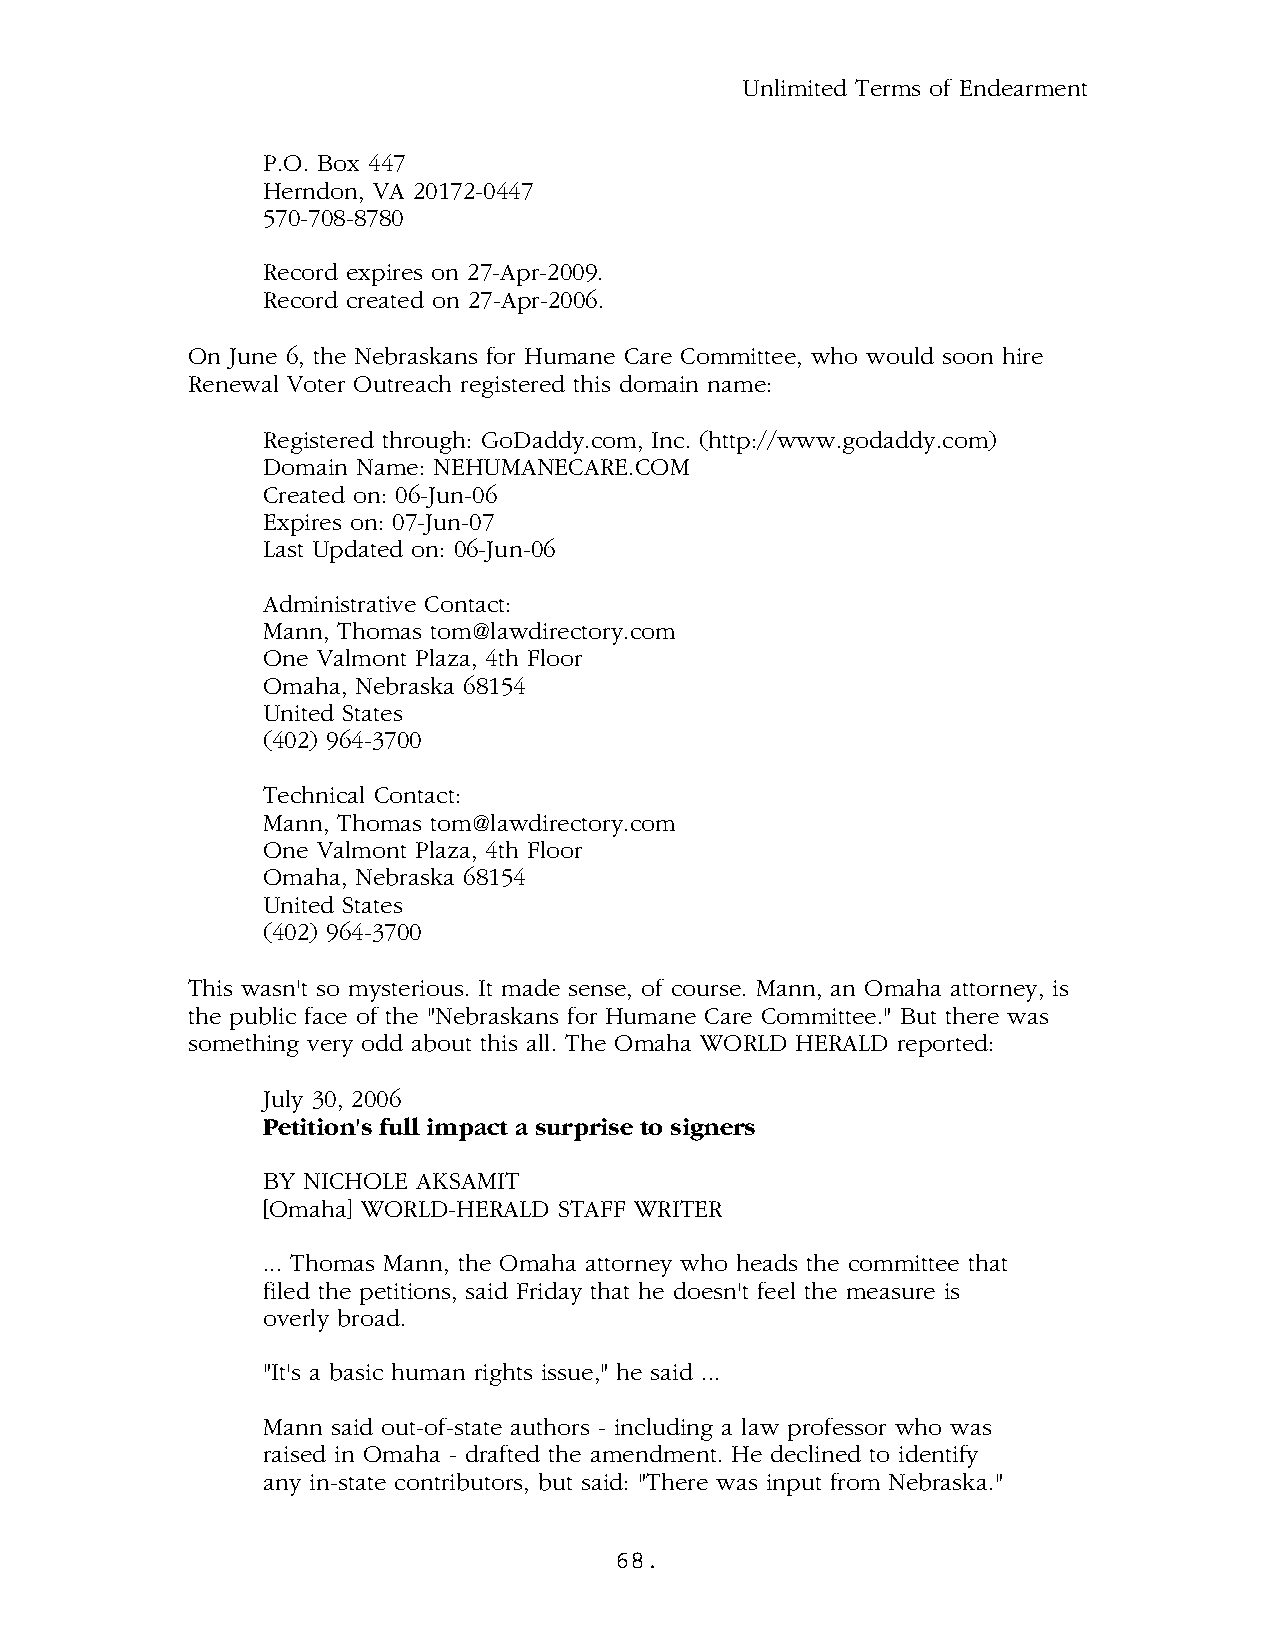
Unlimited Terms of Endearment
 P.O. Box 447
 Herndon, VA 20172-0447
 570-708-8780
 Record expires on 27-Apr-2009.
 Record created on 27-Apr-2006.
 On June 6, the Nebraskans for Humane Care Committee, who would soon hire
 Renewal Voter Outreach registered this domain name:
 Registered through: GoDaddy.com, Inc. (http://www.godaddy.com)
 Domain Name: NEHUMANECARE.COM
 Created on: 06-Jun-06
 Expires on: 07-Jun-07
 Last Updated on: 06-Jun-06
 Administrative Contact:
 Mann, Thomas tom@lawdirectory.com
 One Valmont Plaza, 4th Floor
 Omaha, Nebraska 68154
 United States
 (402) 964-3700
 Technical Contact:
 Mann, Thomas tom@lawdirectory.com
 One Valmont Plaza, 4th Floor
 Omaha, Nebraska 68154
 United States
 (402) 964-3700
 This wasn't so mysterious. It made sense, of course. Mann, an Omaha attorney, is
 the public face of the "Nebraskans for Humane Care Committee." But there was
 something very odd about this all. The Omaha WORLD HERALD reported:
 July 30, 2006
 Petition's full impact a surprise to signers
 BY NICHOLE AKSAMIT
 [Omaha] WORLD-HERALD STAFF WRITER
 ... Thomas Mann, the Omaha attorney who heads the committee that
 filed the petitions, said Friday that he doesn't feel the measure is
 overly broad.
 "It's a basic human rights issue," he said ...
 Mann said out-of-state authors - including a law professor who was
 raised in Omaha - drafted the amendment. He declined to identify
 any in-state contributors, but said: "There was input from Nebraska."
 68.